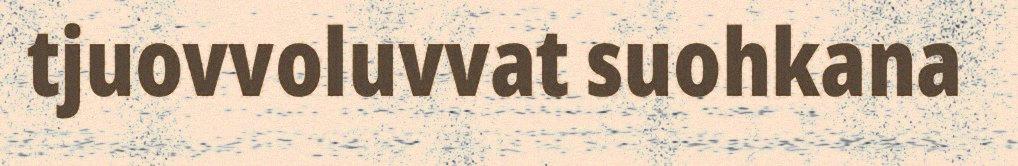
tjuovvoluvvat suohkana